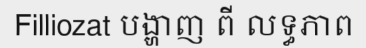
Filliozat បង្ហាញ ពី លទ្ធភាព